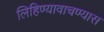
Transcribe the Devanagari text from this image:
लिहिण्यावाचण्यास